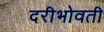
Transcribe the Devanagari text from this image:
दरीभोवती